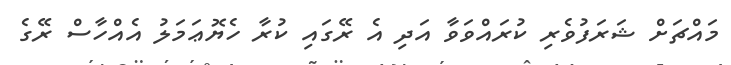
މައްޗަށް ޝަރަފުވެރި ކުރައްވަވާ އަދި އެ ރޭގައި ކުރާ ހެޔޮޢަމަލު އެއްހާސް ރޭގެ